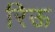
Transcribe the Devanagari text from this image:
रिऊ